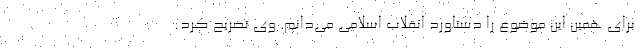
برای همین این موضوع را دستاورد انقلاب اسلامی می‌دانم. وی تصریح کرد: